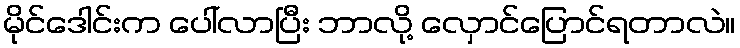
မိုင်ဒေါင်းက ပေါ်လာပြီး ဘာလို့ လှောင်ပြောင်ရတာလဲ။